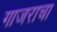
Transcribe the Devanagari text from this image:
गाजराचा